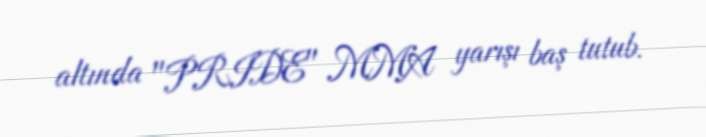
altında "PRIDE" MMA yarışı baş tutub.